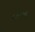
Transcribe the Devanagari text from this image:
सालगडी